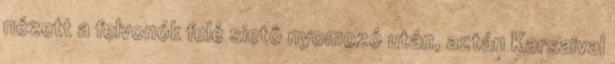
nézett a felvonók felé siető nyomozó után, aztán Karsaival